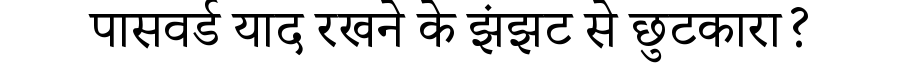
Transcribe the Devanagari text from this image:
पासवर्ड याद रखने के झंझट से छुटकारा?